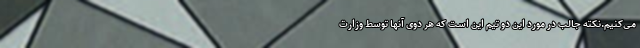
می‌کنیم.نکته جالب در مورد این دو تیم این است که هر دوی آنها توسط وزارت